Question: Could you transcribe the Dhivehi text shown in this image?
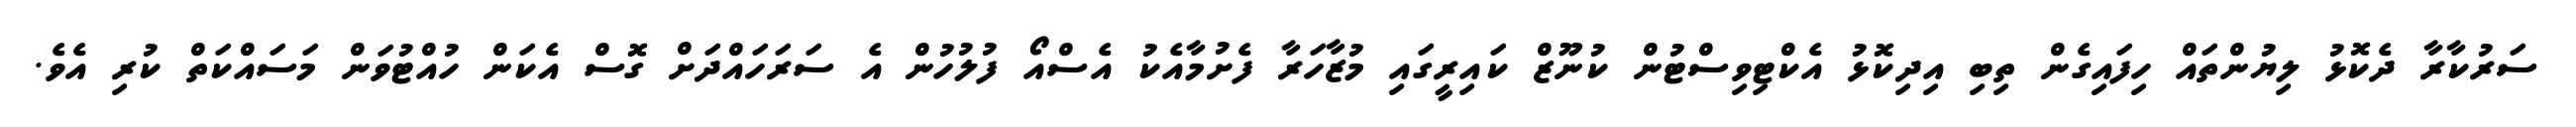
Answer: ސަރުކާރާ ދެކޮޅު ލިޔުންތައް ހިފައިގެން ތިބި އިދިކޮޅު އެކްޓިވިސްޓުން ކުނޫޒް ކައިރީގައި މުޒާހަރާ ފެށުމާއެކު އެސްއޯ ފުލުހުން އެ ސަރަހައްދަށް ގޮސް އެކަން ހުއްޓުވަން މަސައްކަތް ކުރި އެވެ.